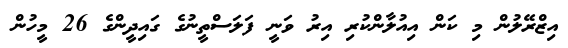
އިޒްރޭލުން މި ކަން އިއުލާންކުރި އިރު ވަނީ ފަލަސްތީނުގެ ގައިދީންގެ 26 މީހުން